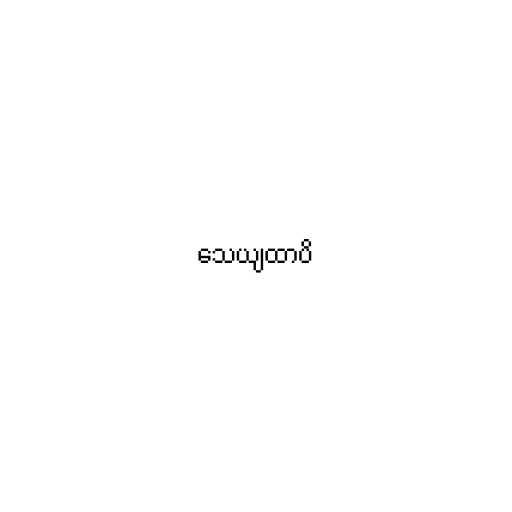
သေယျထာပိ